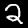
Label: 2